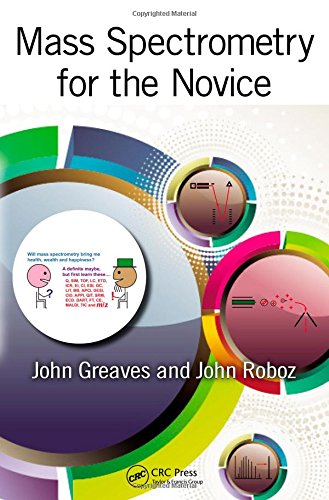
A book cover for Mass Spectrometry for the Novice; John Greaves; Medical Books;